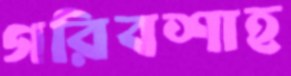
গরিবশাহ